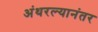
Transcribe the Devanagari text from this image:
अंथरल्यानंतर